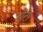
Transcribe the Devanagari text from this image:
डॉटा